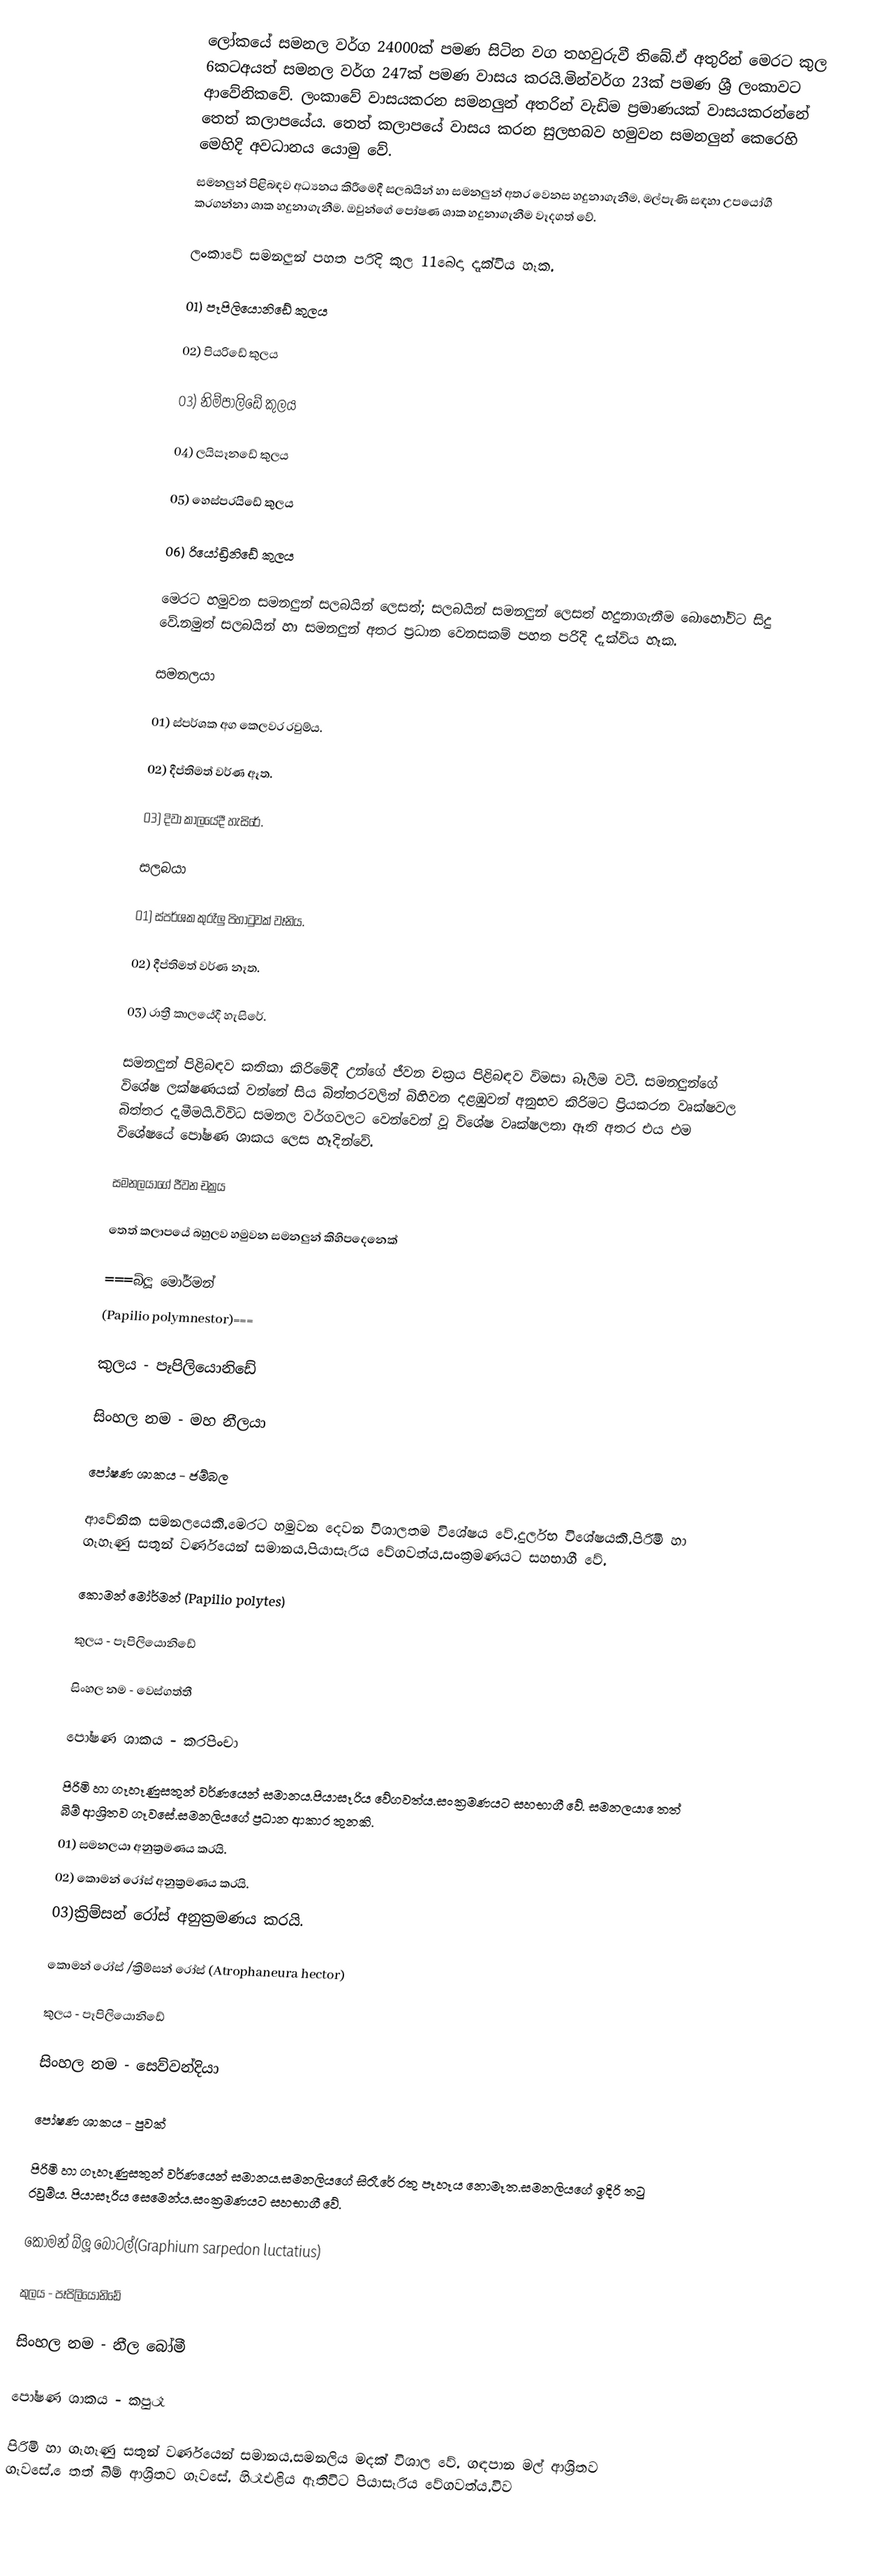
ලෝකයේ සමනල වර්ග 24000ක් පමණ සිටින වග තහවුරුවී තිබේ.ඒ අතුරින් මෙරට කුල 6කටඅයත් සමනල වර්ග 247ක් පමණ වාසය කරයි.මින්වර්ග 23ක් පමණ ශ්‍රී ලංකාවට ආවේනිකවේ. ලංකාවේ වාසයකරන සමනලුන් අතරින් වැඩිම ප්‍රමාණයක් වාසයකරන්නේ තෙත් කලාපයේය. තෙත් කලාපයේ වාසය කරන සුලභබව හමුවන සමනලුන් කෙරෙහි මෙහිදි අවධානය යොමු වේ.
සමනලුන් පිළිබඳව අධ්‍යනය කිරීමෙදී සලබයින් හා සමනලුන් අතර වෙනස හදුනාගැනීම, මල්පැණි සඳහා උපයෝගී කරගන්නා ශාක හදුනාගැනීම. ඔවුන්ගේ පෝෂණ ශාක  හදුනාගැනීම වෑදගත් වේ.

ලංකාවේ සමනලුන් පහත පරිදි කුල 11බෙදා දෑක්විය හෑක.

01) පෑපිලියොනිඩේ කුලය

02) පියරිඩේ කුලය

03) නිම්පාලිඩේ කුලය

04) ලයිසෑනඩේ කුලය

05) හෙස්පරයිඩේ කුලය

06) රියෝඩ්‍රිනිඩේ කුලය

මෙරට හමුවන සමනලුන් සලබයින් ලෙසත්; සලබයින් සමනලුන් ලෙසත් හදුනාගැනීම බොහෝවිට සිදු වේ.නමුත් සලබයින් හා සමනලුන් අතර ප්‍රධාන වෙනසකම් පහත පරිදි දෑක්විය හෑක.

සමනලයා

01) ස්පර්ශක අග කෙලවර රවුම්ය.

02) දීප්තිමත් වර්ණ ඈත.

03) දිවා කාලයේදී හැසිරේ.

සලබයා

01) ස්පර්ශක කුරෑලු පිහාටුවක් වෑනිය.

02) දීප්තිමත් වර්ණ නෑත.

03) රාත්‍රී කාලයේදී හැසිරේ.

සමනලුන් පිළිබඳව කතිකා කිරිමේදී උන්ගේ ජීවන චක්‍රය පිළිබඳව විමසා බෑලීම වටී. සමනලුන්ගේ විශේෂ ලක්ෂණයක් වන්නේ සිය බිත්තරවලින් බිහිවන දළඹුවන් අනුභව කිරිමට ප්‍රියකරන වෘක්ෂවල බිත්තර දෑමීමයි.විවිධ සමනල වර්ගවලට වෙන්වෙන් වූ විශේෂ වෘක්ෂලතා ඈති අතර එය එම විශේෂයේ පෝෂණ ශාකය ලෙස හෑදින්වේ.

සමනලයාගේ ජීවන චක්‍රය

තෙත් කලාපයේ බහුලව හමුවන සමනලුන් කිහිපදෙනෙක්

===බ්ලූ මෝර්මන්
 (Papilio polymnestor)===

කුලය - පෑපිලියොනිඩේ

සිංහල නම - මහ නීලයා

පෝෂණ ශාකය - ජම්බල

ආවේනික සමනලයෙකි.මෙරට හමුවන දෙවන විශාලතම විශේෂය වේ.දුර්ලභ විශේෂයකි.පිරිමි හා ගෑහෑණු සතුන් වර්ණයෙන් සමානය.පියාසෑරිය වේගවත්ය.සංක්‍රමණයට සහභාගී වේ.

කොමන් මෝර්මන් (Papilio polytes)

කුලය - පෑපිලියොනිඩේ

සිංහල නම - වෙස්ගත්තී

පෝෂණ ශාකය - කරපිංචා

පිරිමි හා ගෑහෑණුසතුන් වර්ණයෙන් සමානය.පියාසෑරිය වේගවත්ය.සංක්‍රමණයට සහභාගී වේ. සමනලයා ෙතත් බිම් ආශ්‍රිතව ගෑවසේ.සමනලියගේ ප්‍රධාන ආකාර තුනකි.
01) සමනලයා අනුක්‍රමණය කරයි.
02) කොමන් රෝස් අනුක්‍රමණය කරයි.
03)ක්‍රිම්සන් රෝස් අනුක්‍රමණය කරයි.

කොමන් රෝස් /ක්‍රිම්සන් රෝස් (Atrophaneura hector)

කුලය - පෑපිලියොනිඩේ

සිංහල නම - සෙව්වන්දියා

පෝෂණ ශාකය - පුවක්

පිරිමි හා ගෑහෑණුසතුන් වර්ණයෙන් සමානය.සමනලියගේ සිරෑරේ රතු පෑහෑය නොමෑත.සමනලියගේ ඉදිරි තටු රවුම්ය.‍ පියාසෑරිය සෙමෙන්ය.සංක්‍රමණයට සහභාගී වේ.

කොමන් බ්ලූ බොටල්(Graphium sarpedon luctatius)

කුලය - පෑපිලියොනිඩේ

සිංහල නම - නීල බෝමී

පෝෂණ ශාකය - කපුරෑ

පිරිමි හා ගෑහෑණු සතුන් වර්ණයෙන් සමානය.සමනලිය මදක් විශාල වේ. ගඳපාන මල් ආශ්‍රිතව ගෑවසේ. ෙතත් බිම් ආශ්‍රිතව ගෑවසේ. හිරෑඑළිය ඈතිවිට පියාසෑරිය වේගවත්ය.විව